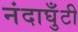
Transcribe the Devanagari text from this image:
नंदाघुँटी